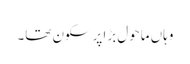
وہاں ماحول بڑا پرسکون تھا۔